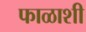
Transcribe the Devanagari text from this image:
फाळाशी